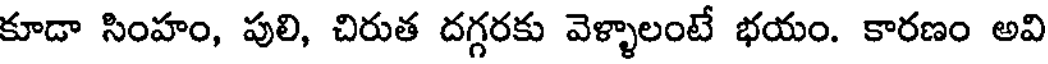
కూడా సింహం, పులి, చిరుత దగ్గరకు వెళ్ళాలంటే భయం. కారణం అవి